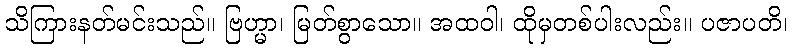
သိကြားနတ်မင်းသည်။ ဗြဟ္မာ၊ မြတ်စွာသော။ အထဝါ၊ ထိုမှတစ်ပါးလည်း။ ပဇာပတိ၊